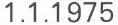
1.1.1975